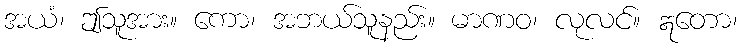
အယံ၊ ဤသူအား။ ကော၊ အဘယ်သူနည်း။ မာဏဝ၊ လုလင်။ ဣတော၊